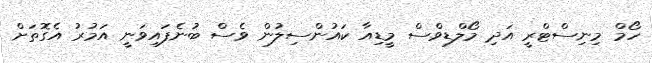
ހޯމް މިނިސްޓްރީ އަދި މޯލްޑިވްސް މީޑިއާ ކައުންސިލުން ވެސް ބުނެފައިވަނީ އަމުރު އެގޮތަށް